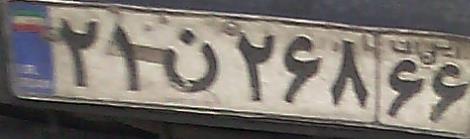
۲۱ن۲۶۸۶۶